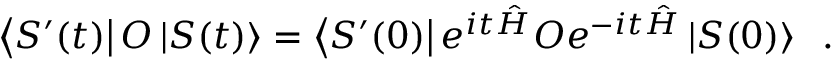
\left\langle S ^ { \prime } ( t ) \right| { \cal O } \left| S ( t ) \right\rangle = \left\langle S ^ { \prime } ( 0 ) \right| e ^ { i t \hat { H } } { \cal O } e ^ { - i t \hat { H } } \left| S ( 0 ) \right\rangle \; \; .